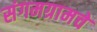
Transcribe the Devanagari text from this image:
संगमग्रामचे